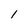
Character: 1